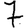
Digit: 7